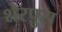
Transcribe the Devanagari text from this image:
शेरपुरा